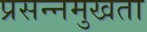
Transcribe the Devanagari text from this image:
प्रसन्नमुखता